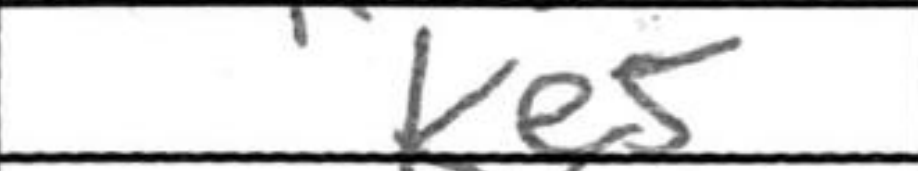
Transcription: Ke5